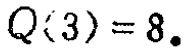
$Q(3)=8.$